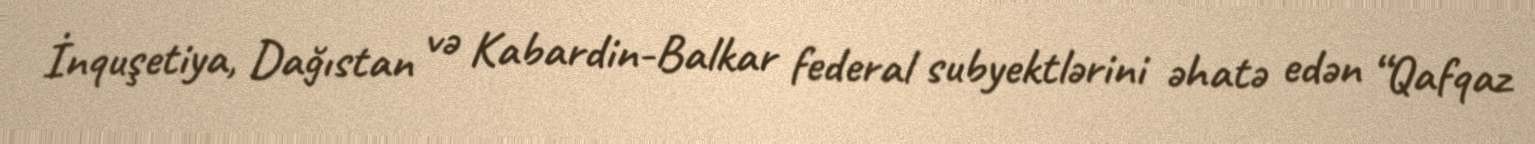
İnquşetiya, Dağıstan və Kabardin-Balkar federal subyektlərini əhatə edən “Qafqaz